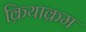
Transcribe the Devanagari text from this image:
क्रियाक्रम